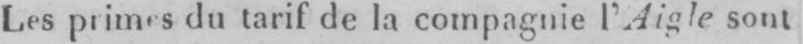
Les primes du tarif de la compagnie l’Aigle sont